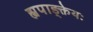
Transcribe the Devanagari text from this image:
ह्यपाङ्क्तेयः